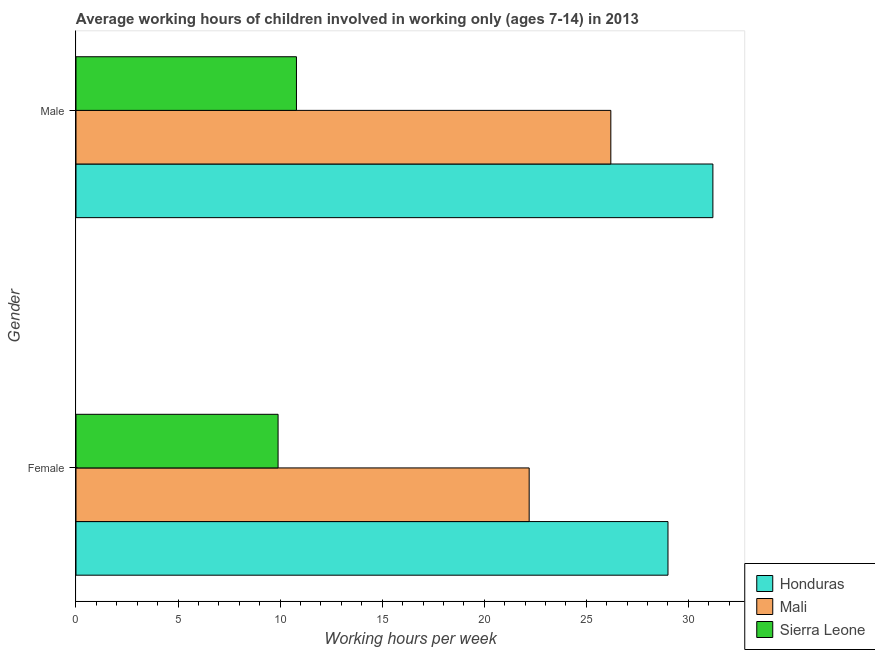
| Gender | Honduras | Mali | Sierra Leone |
 | --- | --- | --- | --- |
 | Female | 29 | 22.2 | 9.9 |
 | Male | 31.2 | 26.2 | 10.8 |